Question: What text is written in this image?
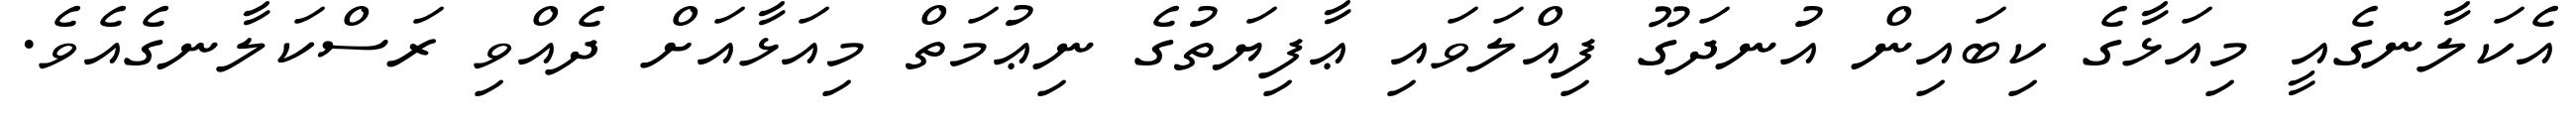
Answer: އެކަލާނގެއީ މިއަޅާގެ ކިބައިން އުނދަގޫ ފިއްލަވައި ޢާފިޔަތުގެ ނިޢުމަތް މިއަޅާއަށް ދެއްވި ރަސްކަލާނގެއެވެ.